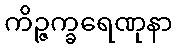
ကိဉ္ဇက္ခရေဏုနာ